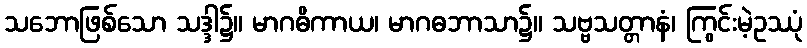
သဘောဖြစ်သော သဒ္ဒါ၌။ မာဂဓိကာယ၊ မာဂဓဘာသာ၌။ သဗ္ဗသတ္တာနံ၊ ကြွင်းမဲ့ဥဿုံ